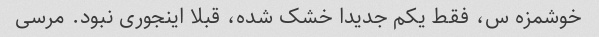
خوشمزه س، فقط یکم جدیدا خشک شده، قبلا اینجوری نبود. مرسی